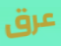
عرق